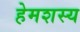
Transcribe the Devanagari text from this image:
हेमशस्य